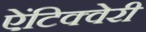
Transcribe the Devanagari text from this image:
ऐंटिक्वेरी